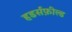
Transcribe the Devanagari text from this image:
हडर्सफ़ील्ड